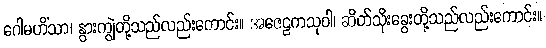
ဂေါမဟိံသာ၊ နွားကျွဲတို့သည်လည်းကောင်း။ အဇေဠကသုဝါ၊ ဆိတ်သိုးခွေးတို့သည်လည်းကောင်း။